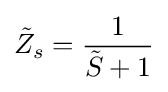
{\tilde {Z}}_{s}={\frac {1}{{\tilde {S}}+1}}